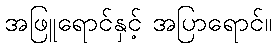
အဖြူရောင်နှင့် အပြာရောင်။